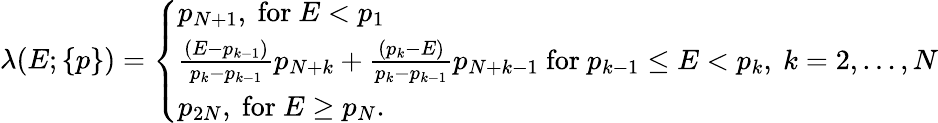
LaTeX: \begin{array}{r}{\lambda(E;\{ p\} )=\left\{ \begin{array}{ll}{p_{N+1},\mathrm{~for~}E<p_{1}}\\ {\frac{(E-p_{k-1})}{p_{k}-p_{k-1}}p_{N+k}+\frac{(p_{k}-E)}{p_{k}-p_{k-1}}p_{N+k-1}\mathrm{~for~}p_{k-1}\le E<p_{k},\ k=2,\ldots,N}\\ {p_{2N},\mathrm{~for~}E\ge p_{N}.}\end{array}\right.}\end{array}